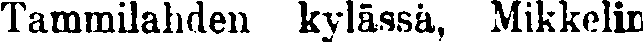
Tammilahden kylässä, Mikkelin